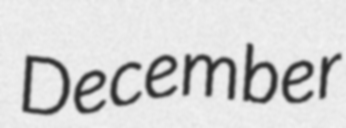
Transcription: December